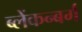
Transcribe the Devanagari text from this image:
ब्लेंकन्बर्ग